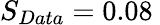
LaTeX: S_{Data}=0.08\